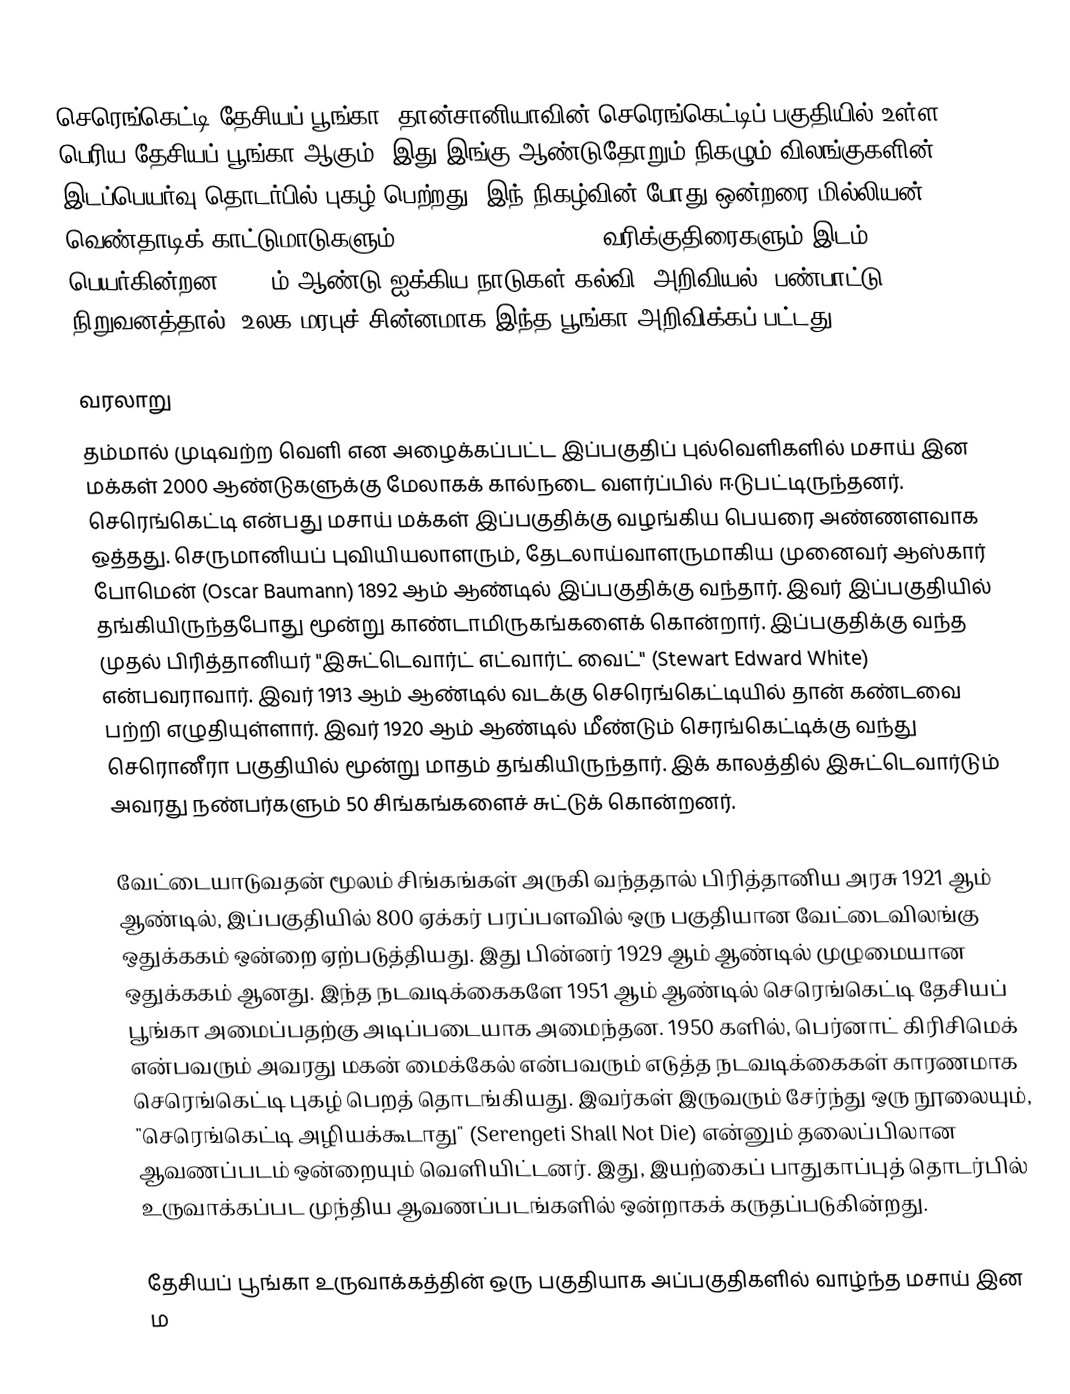
செரெங்கெட்டி தேசியப் பூங்கா, தான்சானியாவின் செரெங்கெட்டிப் பகுதியில் உள்ள பெரிய தேசியப் பூங்கா ஆகும். இது இங்கு ஆண்டுதோறும் நிகழும் விலங்குகளின் இடப்பெயர்வு தொடர்பில் புகழ் பெற்றது. இந் நிகழ்வின் போது ஒன்றரை மில்லியன் வெண்தாடிக் காட்டுமாடுகளும் (wildebeest), 200,000 வரிக்குதிரைகளும் இடம் பெயர்கின்றன. 1981ம் ஆண்டு ஐக்கிய நாடுகள் கல்வி, அறிவியல், பண்பாட்டு நிறுவனத்தால், உலக மரபுச் சின்னமாக இந்த பூங்கா அறிவிக்கப் பட்டது.

வரலாறு
தம்மால் முடிவற்ற வெளி என அழைக்கப்பட்ட இப்பகுதிப் புல்வெளிகளில் மசாய் இன மக்கள் 2000 ஆண்டுகளுக்கு மேலாகக் கால்நடை வளர்ப்பில் ஈடுபட்டிருந்தனர். செரெங்கெட்டி என்பது மசாய் மக்கள் இப்பகுதிக்கு வழங்கிய பெயரை அண்ணளவாக ஒத்தது. செருமானியப் புவியியலாளரும், தேடலாய்வாளருமாகிய முனைவர் ஆஸ்கார் போமென் (Oscar Baumann) 1892 ஆம் ஆண்டில் இப்பகுதிக்கு வந்தார். இவர் இப்பகுதியில் தங்கியிருந்தபோது மூன்று காண்டாமிருகங்களைக் கொன்றார். இப்பகுதிக்கு வந்த முதல் பிரித்தானியர் "இசுட்டெவார்ட் எட்வார்ட் வைட்" (Stewart Edward White) என்பவராவார். இவர் 1913 ஆம் ஆண்டில் வடக்கு செரெங்கெட்டியில் தான் கண்டவை பற்றி எழுதியுள்ளார். இவர் 1920 ஆம் ஆண்டில் மீண்டும் செரங்கெட்டிக்கு வந்து செரொனீரா பகுதியில் மூன்று மாதம் தங்கியிருந்தார். இக் காலத்தில் இசுட்டெவார்டும் அவரது நண்பர்களும் 50 சிங்கங்களைச் சுட்டுக் கொன்றனர்.

வேட்டையாடுவதன் மூலம் சிங்கங்கள் அருகி வந்ததால் பிரித்தானிய அரசு 1921 ஆம் ஆண்டில், இப்பகுதியில் 800 ஏக்கர் பரப்பளவில் ஒரு பகுதியான வேட்டைவிலங்கு ஒதுக்ககம் ஒன்றை ஏற்படுத்தியது. இது பின்னர் 1929 ஆம் ஆண்டில் முழுமையான ஒதுக்ககம் ஆனது. இந்த நடவடிக்கைகளே 1951 ஆம் ஆண்டில் செரெங்கெட்டி தேசியப் பூங்கா அமைப்பதற்கு அடிப்படையாக அமைந்தன. 1950 களில், பெர்னாட் கிரிசிமெக் என்பவரும் அவரது மகன் மைக்கேல் என்பவரும் எடுத்த நடவடிக்கைகள் காரணமாக செரெங்கெட்டி புகழ் பெறத் தொடங்கியது. இவர்கள் இருவரும் சேர்ந்து ஒரு நூலையும், "செரெங்கெட்டி அழியக்கூடாது" (Serengeti Shall Not Die) என்னும் தலைப்பிலான ஆவணப்படம் ஒன்றையும் வெளியிட்டனர். இது, இயற்கைப் பாதுகாப்புத் தொடர்பில் உருவாக்கப்பட முந்திய ஆவணப்படங்களில் ஒன்றாகக் கருதப்படுகின்றது.

தேசியப் பூங்கா உருவாக்கத்தின் ஒரு பகுதியாக அப்பகுதிகளில் வாழ்ந்த மசாய் இன ம